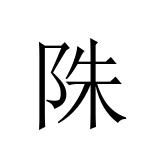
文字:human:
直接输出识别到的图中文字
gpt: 陎